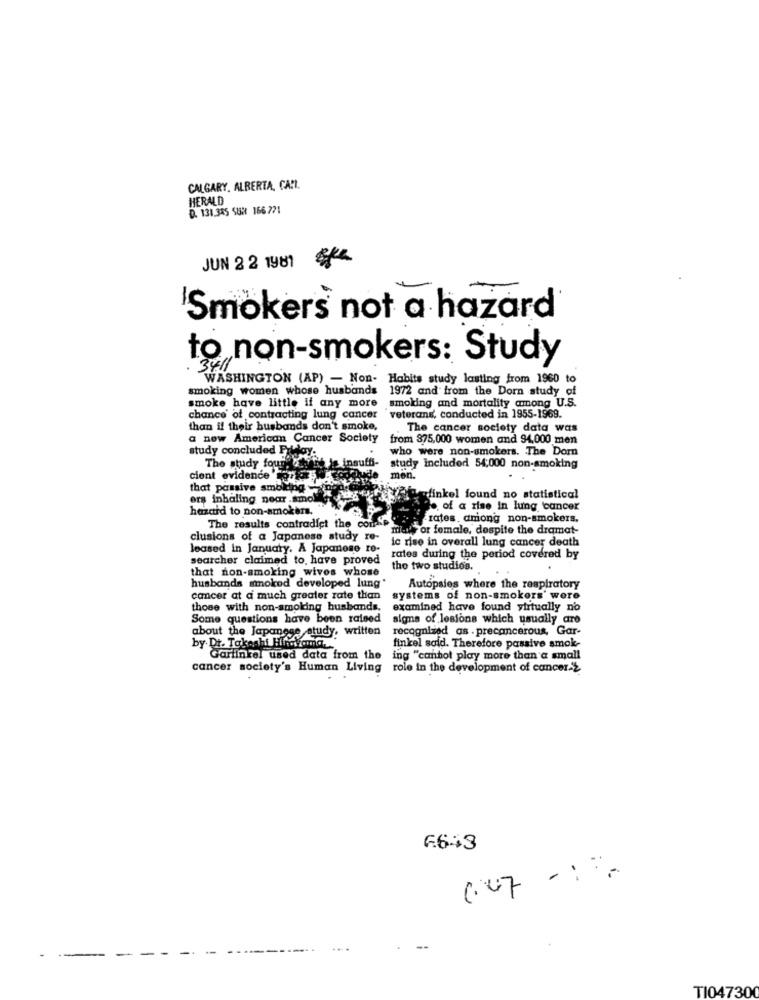
CALGARY, ALBERTA, CAPI.
HERALD
D. 131.385 SUR 166 721
JUN 2 2 1987
'Smokers not a hazard
to non-smokers: Study
WASHINGTON (AP) - Non- Habits study lasting from 1960 to
smoking women whose husbands
1972 and from the Dorn study of
smoke have little if any more smoking and mortality among U.S.
chance of contracting lung cancer
veterans, conducted in 1955-1969.
than if their husbands don't smoke,
The cancer society data was
a new American Cancer Society
from 875,000 women and 94,000 men
study concluded Friday.
who were non-smokers. The Dorn
The study four
's insuffi-
study included 54:000 non-smoking
cient evidence "
men.
ors inhaling near .small
that passive smoking y og
finkel found no statistical
hazcid to non-smokers.
of a rise in lung cancer
rates. among non-smokers.
The results contradict the com
or female, despite the dramat-
clusions of a Japanese study re-
ic rise in overall lung cancer death
leased in January. A Japanese re-
searcher claimed to, have proved
rates during the period covered by
that non-smoking wives whose
the two studies.
husbands moked developed lung"
Autopsies where the respiratory
cancer at a much greater rate than
systems of non-smokers' were
those with non-smoking husbands.
examined have found yirtually no
Some questions have been raised
signs of lesions which usually are
about the Japanese study. written
recognized as . precancerous, Gar-
by. Dt. Takeshi Hiinviauma.
finkel said. Therefore passive smok-
Garfinkel used data from the
ing "cannot play more than a small
cancer society's Human Living
role in the development of cancer.2
4643
1.47 -1.
--
T1047300